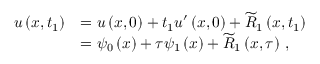
\begin{array} { r l } { { u } \left( x , { t } _ { 1 } \right) } & { = { u } \left( x , 0 \right) + { { t } _ { 1 } } { u } ^ { { \prime } } \left( x , 0 \right) + { \widetilde R } _ { 1 } \left( x , { t } _ { 1 } \right) } \\ & { = { \psi } _ { 0 } \left( x \right) + { \tau } { \psi } _ { 1 } \left( x \right) + { \widetilde R } _ { 1 } \left( x , { \tau } \right) \, , } \end{array}